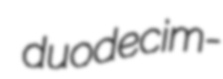
duodecim-